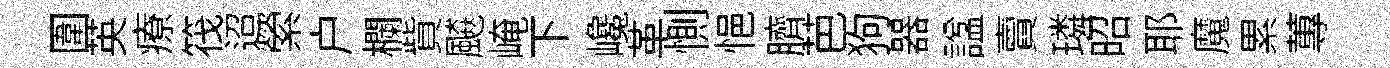
圍英療筏迢縈户欄貲飇崦下巉革惻悒臍芭狗器諡𧶠璘昭耶魔累蓴